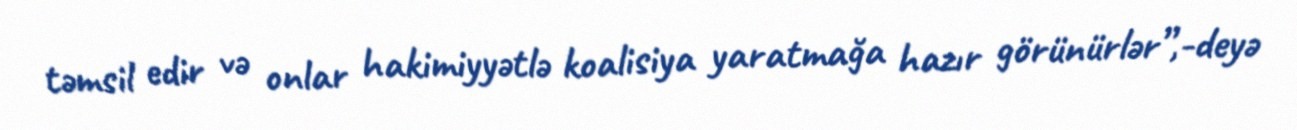
təmsil edir və onlar hakimiyyətlə koalisiya yaratmağa hazır görünürlər”,-deyə